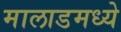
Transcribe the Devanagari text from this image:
मालाडमध्ये